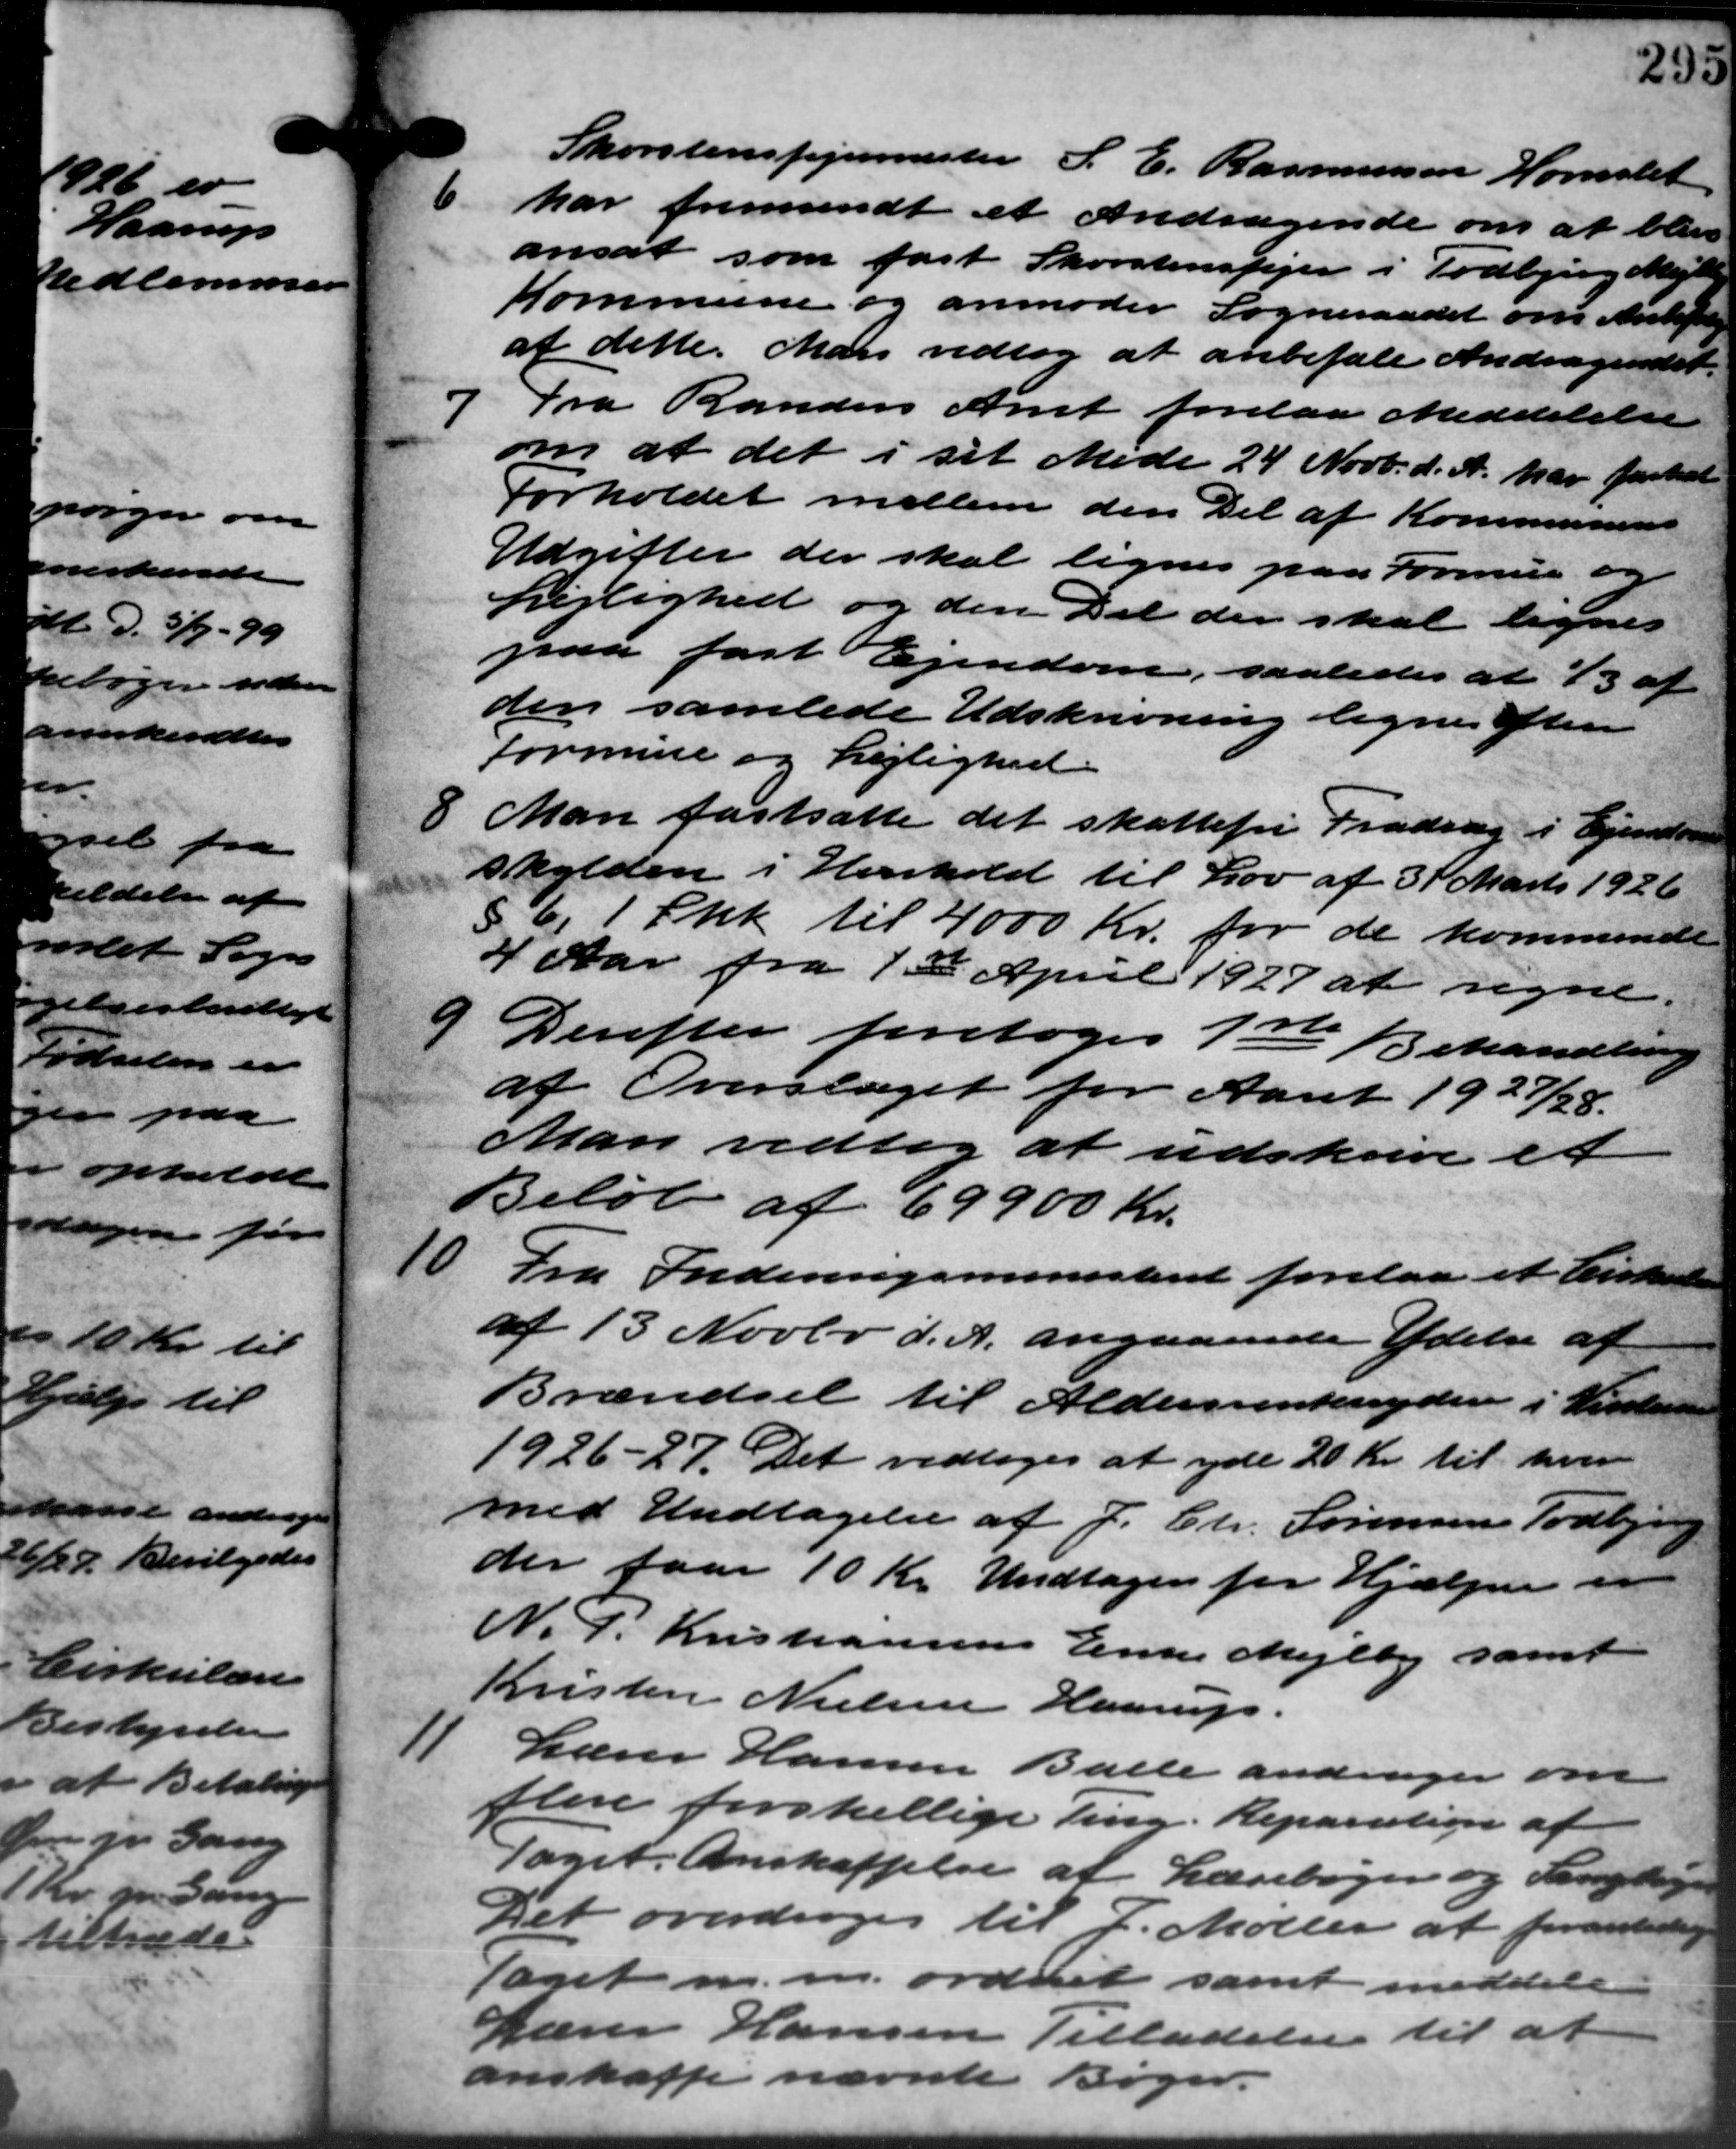
Transskription:
6 har fremsendt et Andragende om at blive
Skorstensfejermester S. E. Rasmussen Hornslet
6 har fremsendt et Andragende om at blive
ansat som fast Skorstensfejer i Todbjerg Mejlby
Kommune og anmoder Sogneraadet om Anligtelse
af dette. Man vedtog at anbefale Andragendet.

Fra Randers Amt forelaa Meddelelse
om at det i sit Møde 24 Novb. d. A. har faskat
Forholdet mellem den Del af Kommunens
Udgifter der skal lignes paa Formue og
Lejlighed og den Del der skal lignes
paa fast Ejendom, saaledes at 1/3 af
den samlede Udskrivning lignes efter
formue og Lejlighed.
8 Man fastsatte det skattefri Fradrag i Ejendom
8 Man fastsatte det skattefri Fradrag i Ejendom
skylden i Henhold til Lov af 31 Marts 1926
§ 6. 1 Stk til 4000 Kr. for de kommende
4 Aar fra 1ste April 1927 at regne.

Derefter foretoges 1ste Behandling
af Overslaget for Aaret 1927/28.
Man vedtog at udskrive et
Beløb af 69900 Kr.

Fra Indenrigsministeriet forelaa et Cirkulære
af 13 Novbr. d. A. angaaende Ydelse af
Brændsel til Aldersrentenydere i Vintere
1926 - 27. Det vedtoges at yde 20 Kr. til hver
med Undtagelse af J. Chr. Sørensen Todbjerg
der faar 10 Kr. Undtagen for Hjælpen en
N. P. Kristiansens Enke Mejlby samt
Kristen Nielsen Haarup.
11
Lærer Hansen Balle andrager om
flere forskellige ting. Reparation af
Taget. Anskaffelse af Lærebøger og Lange
Det overdroges til P. Møller at foranledig
Taget m.m. ordnet samt meddele
Lærer Hansen Tilladelse til at
anskaffe nævnte Bøger.